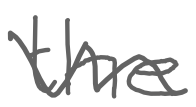
Text: the
Cross-out: wave
Writing tool: digital_gray